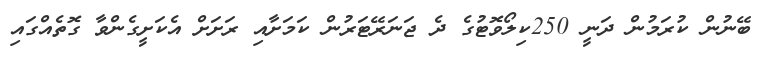
ބޭނުން ކުރަމުން ދަނީ 250ކިލޯވޮޓުގެ ދެ ޖަނަރޭޓަރުން ކަމަށާއި ރަށަށް އެކަށީގެންވާ ގޮތެއްގައި